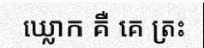
ឃ្លោក គឺ គេ ត្រះ